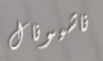
ناشيونال